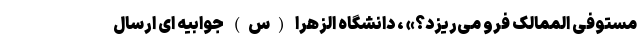
مستوفی الممالک فرو می‌ریزد؟» ، دانشگاه الزهرا (س) جوابیه ای ارسال